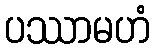
ပဿာမဟံ